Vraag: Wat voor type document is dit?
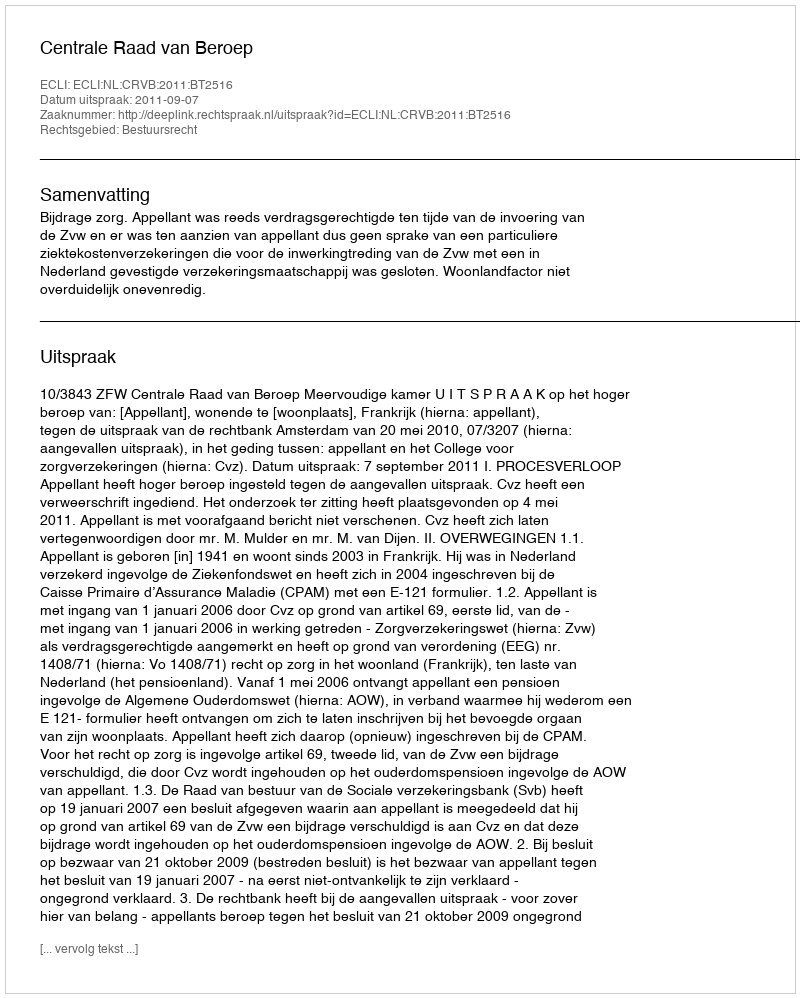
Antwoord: Uitspraak